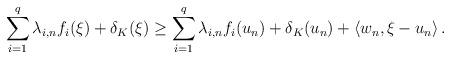
LaTeX: \begin{align*}\sum\limits_{i=1}^{q} \lambda_{i,n} f_i (\xi) + \delta_K (\xi) \geq \sum\limits_{i=1}^{q} \lambda_{i,n} f_i (u_n) + \delta_K (u_n) + \left\langle w_n , \xi - u_n \right\rangle.\end{align*}